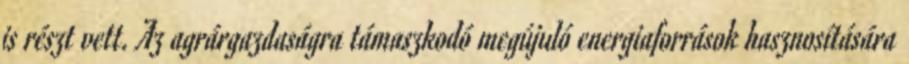
is részt vett. Az agrárgazdaságra támaszkodó megújuló energiaforrások hasznosítására